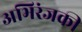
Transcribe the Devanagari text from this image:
अभिरंजकी